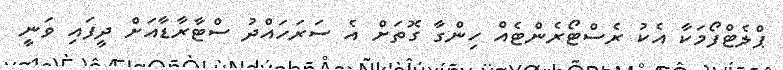
ޕްލެޓްފޯމަކާ އެކު ރެސްޓޯރެންޓެއް ހިންގާ ގޮތަށް އެ ސަރަހައްދު ސްޓާރާޑާއަށް ދީފައި ވަނީ